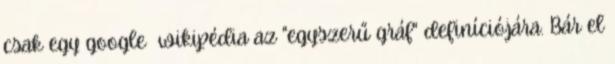
csak egy google wikipédia az "egyszerű gráf" definíciójára. Bár el